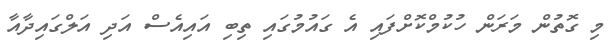
މި ގޮތުން މަރަން ހުކުމްކޮށްފައި އެ ގައުމުގައި ތިބި އައިއެސް އަދި އަލްގައިދާއާ